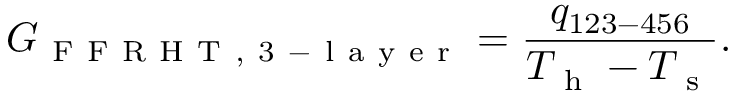
G _ { \mathrm { ~ F ~ F ~ R ~ H ~ T ~ , ~ 3 ~ - ~ l ~ a ~ y ~ e ~ r ~ } } = \frac { q _ { 1 2 3 - 4 5 6 } } { T _ { \mathrm { ~ h ~ } } - T _ { \mathrm { ~ s ~ } } } { . }